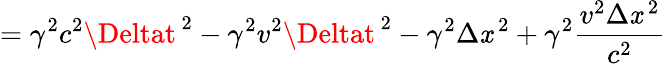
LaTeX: =\gamma^{2}c^{2}\Deltat^{\, 2}-\gamma^{2}v^{2}\Deltat^{\, 2}-\gamma^{2}\Delta\mathit{x}^{\, 2}+\gamma^{2}{\frac{{v^{2}\Delta\mathit{x}^{\, 2}}}{{c^{2}}}}